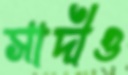
সাদীও